Indian journal of veterinary science and animal husbandry - Volume 8,
Year: 1938
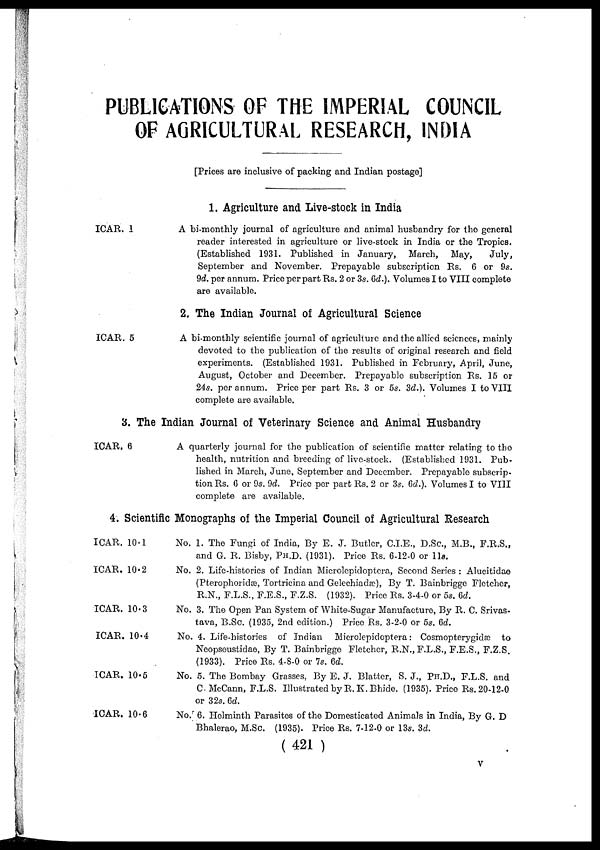
PUBLICATIONS OF THE IMPERIAL COUNCIL
OF AGRICULTURAL RESEARCH, INDIA
[Prices are inclusive of packing and Indian postage]
1. Agriculture and Live-stock in India
ICAR. 1
A bi-monthly journal of agriculture and animal husbandry for the general
reader interested in agriculture or live-stock in India or the Tropics.
(Established 1931. Published in January, March, May,
July,
September and November. Prepayable subscription Rs. 6 or 9s.
9d. per annum. Price per part Rs. 2 or 3s. 6d.). Volumes I to VIII complete
are available.
2. The Indian Journal of Agricultural Science
ICAR. 5
A bi-monthly scientific journal of agriculture and the allied sciences, mainly
devoted to the publication of the results of original research and field
experiments. (Established 1931. Published in February, April, June,
August, October and December. Prepayable subscription Rs. 15 or
24s. per annum. Price per part Rs. 3 or 5s. 3d.). Volumes I to VIII
complete are available.
3. The Indian Journal of Veterinary Science and Animal Husbandry
ICAR. 6
A quarterly journal for the publication of scientific matter relating to the
health, nutrition and breeding of live-stock. (Established 1931. Pub-
lished in March, June, September and December. Prepayable subscrip-
tion Rs. 6 or 9s. 9d. Price per part Rs. 2 or 3s. 6d.). Volumes I to VIII
complete are available.
4. Scientific Monographs of the Imperial Council of Agricultural Research
ICAR. 10.1
ICAR. 10.2
ICAR. 10.3
ICAR. 10.4
ICAR. 10.5
ICAR. 10.6
No. 1. The Fungi of India, By E. J. Butler, C.I.E., D.Sc., M.B., F.R.S.,
and G. R. Bisby, PH.D. (1931). Price Rs. 6-12-0 or 11s.
No. 2. Life-histories of Indian Microlepidoptera, Second Series : Alucitidae
(Pterophoridæ, Tortricina and Gelechiadæ), By T. Bainbrigge Fletcher,
R.N., F.L.S., F.E.S., F.Z.S. (1932). Price Rs. 3-4-0 or 5s. 6d.
No. 3. The Open Pan System of White-Sugar Manufacture, By R. C. Srivas-
tava, B.Sc. (1935, 2nd edition.) Price Rs. 3-2-0 or 5s. 6d.
No. 4. Life-histories of Indian Microlepidoptera : Cosmopterygidæ to
Neopseustidae, By T. Bainbrigge Fletcher, R.N., F.L.S., F.E.S., F.Z.S.
(1933). Price Rs. 4-8-0 or 7s. 6d.
No. 5. The Bombay Grasses, By E. J. Blatter, S. J., PH.D., F.L.S. and
C. McCann, F.L.S. Illustrated by R. K. Bhide. (1935). Price Rs. 20-12-0
or 32s. 6d.
No. 6. Helminth Parasites of the Domesticated Animals in India, By G. D.
Bhalerao, M.Sc. (1935). Price Rs. 7-12-0 or 13s. 3d.
( 421 )
V